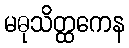
မဓုသိတ္ထကေန